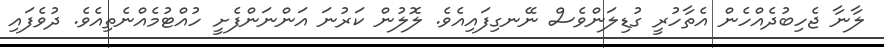
ލާނާ ޖެހިބުދެއްހެން އެތާހުރީ ގުޑިލަންވެސް ނޭނގިފައިއެވެ. ލޮލުން ކަރުނަ އަންނަންފެށީ ހުއްޓުމެއްނެތިއެވެ. ދުވެފައި